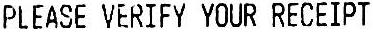
PLEASE VERIFY YOUR RECEIPT